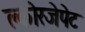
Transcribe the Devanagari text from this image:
क्लोरजेपेट